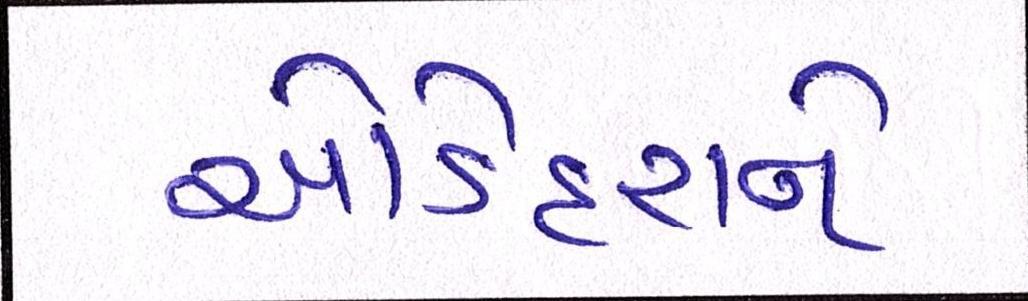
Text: ઓડેદરાને